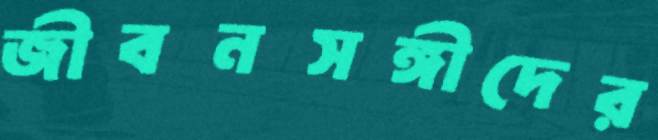
জীবনসঙ্গীদের